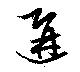
遘